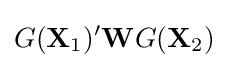
G(\mathbf {X} _{1})'\mathbf {W} G(\mathbf {X} _{2})